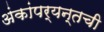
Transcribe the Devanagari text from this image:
अंकांपर्यन्तची